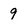
Character: 9